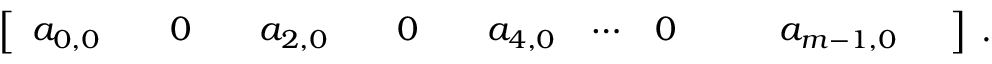
\begin{array} { r } { \left[ \begin{array} { l l l l l l l l l l l l l l l } { a _ { 0 , 0 } } & { } & { 0 } & { } & { a _ { 2 , 0 } } & { } & { 0 } & { } & { a _ { 4 , 0 } } & { \cdots } & { 0 } & { } & { } & { a _ { m - 1 , 0 } } & { } \end{array} \right] \; . } \end{array}